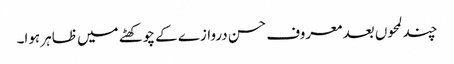
چند لمحوں بعد معروف حسن دروازے کے چوکھٹے میں ظاہر ہوا۔